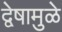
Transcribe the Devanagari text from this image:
द्वेषामुळे